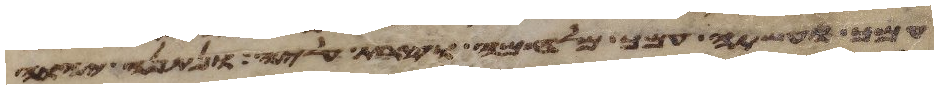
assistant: עמך ועשתה עמך מלחמה וצרת עליה ונתנה יהוה